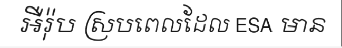
អឺរ៉ុប ស្របពេលដែល ESA មាន